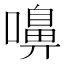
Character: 嚊